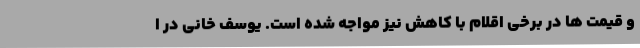
و قیمت ها در برخی اقلام با کاهش نیز مواجه شده است. یوسف خانی در ا